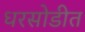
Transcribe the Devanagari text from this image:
धरसोडीत